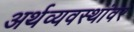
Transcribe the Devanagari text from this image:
अर्थव्यवस्थांवर